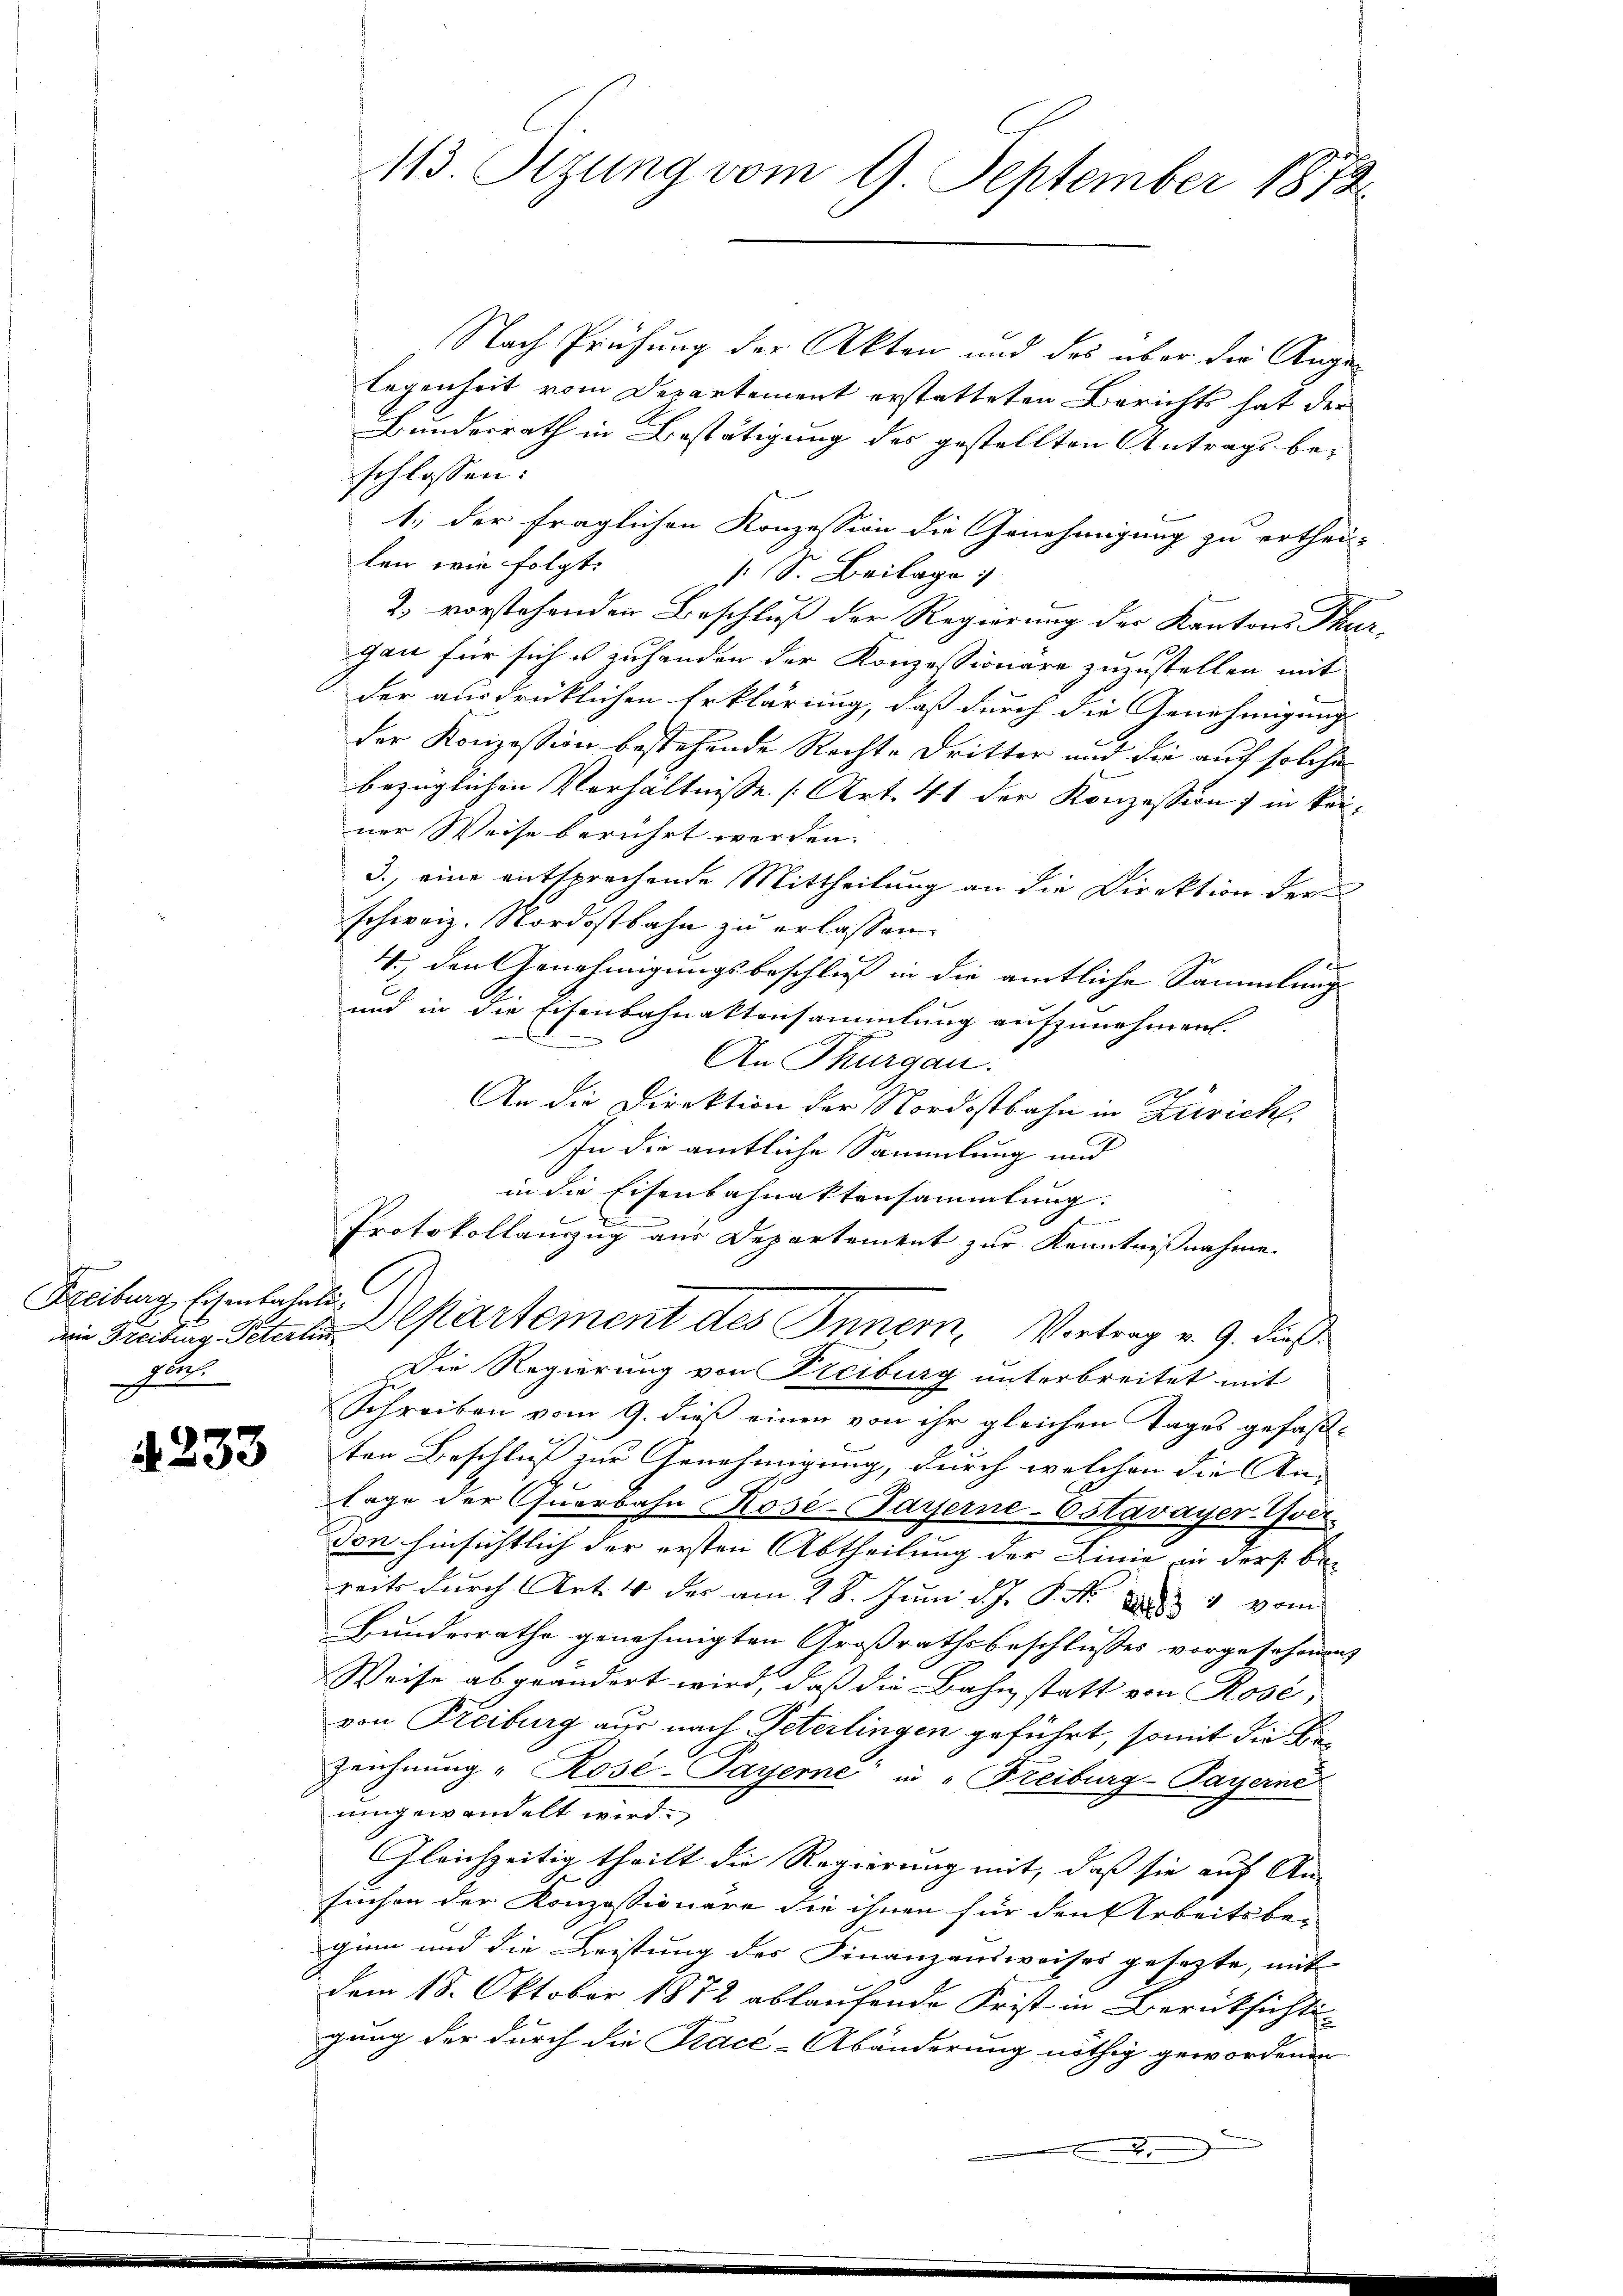
Freiburg Eisenbahnli
guich.

233

113. Sizung vom 9. September 1872

Nach Prüfung der Akten und des über die Angelegenheit vom Departement erstatteten Berichts hat der
Bundesrath in Bestätigung des gestellten Antrags be-
schlossen:
1., der fraglichen Konzession die Genehmigung zu erthei-
len wie folgt. |
s S. Beilage

2. vorstehenden Beschluß der Regierung der Kantons Thur-
gan für sich u zuhanden der Konzessionare zuzustellen mit
der ausdrücklichen Erklärung, daß durch die Genehmigung
der Konzession bestehende Rechte Dritter und die auf solche
bezüglichen Verhältnisse (Art. 41 der Konzession) in keiner Weise berührt werden.
3.) eine entsprechende Mittheilung an die Direktion der
schweiz. Nordostbahn zu erlassen.
o
4.) Den Genehmigungsbeschluß in die amtliche Sammlung
und in die Eisenbahnaktensammlung aufzunehmen.

An Thurgau.
An die Direktion der Nordostbahn in Zürich.
In die amtliche Sammlung und
in die Eisenbahnaktensammlung.
Protokollauzug aus Departement zur Kenntnißnahme
in Freibung Petale Alpartement des Innern, Vortrag v. 9. dieß
Die Regierung von Freiburg unterbreitet mit
Schreiben vom 9. dieß einen von ihr gleichen Tages gefaßten Beschluß zur Genehmigung, durch welchen die An- |
lage der Querbahn Kose-Payerne-Ostavayer-Uver.
Won hinsichtlich der ersten Abtheilung der Linie in ders bereits durch Art. 4 der am 28. Juni d.J. P. Nr. 1 vom
Bundesrathe genehmigten Großrathsbeschlusses vorgesehenen
Weise abgeändert wird, daß die Bahn statt von Rose,
von Freiburg aus nach Peterlingen geführt, somit die Be¬
Zeichnung "Rosé-Payerne in „Freiburg-Payerne
umgewandelt wird.
Gleichzeitig theilt die Regierung mit, daß sie auf An-
suchen der Konzessionäre die ihnen für den Arbeitsbe-
ginn und die Leistung des Finanzausweises gesezte, mit
dem 15. Oktober 1872 ablaufende Frist in Berücksichtigung der durch die Tracé-Abänderung nöthig gewordenen
benen trennung